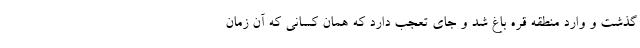
گذشت و وارد منطقه قره باغ شد و جای تعجب دارد که همان کسانی که آن زمان